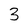
Character: 3